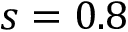
s = 0 . 8